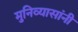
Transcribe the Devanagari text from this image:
मुनिव्यासांनी